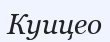
Куицео